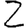
Digit: 2